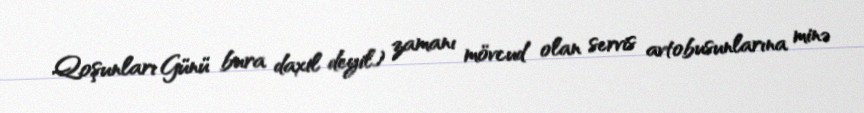
Qoşunları Günü bura daxil deyil) zamanı mövcud olan servis avtobusunlarına minə